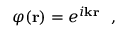
\begin{array} { r } { \varphi ( { \bf r } ) = e ^ { i { \bf k } { \bf r } } ~ ~ , } \end{array}